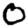
Digit: 0